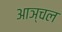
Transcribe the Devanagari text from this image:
आञ्चल